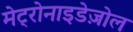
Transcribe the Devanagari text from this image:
मेट्रोनाइडेज़ोल